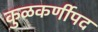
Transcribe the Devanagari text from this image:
कुळकर्णीपद